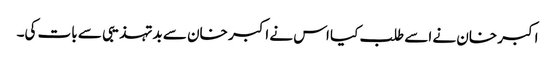
اکبر خان نے اسے طلب کیا اس نے اکبر خان سے بدتہذیبی سے بات کی۔